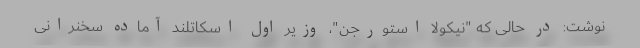
نوشت: در حالی که "نیکولا استورجن"، وزیر اول اسکاتلند آماده سخنرانی